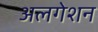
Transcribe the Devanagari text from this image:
अलगेशन